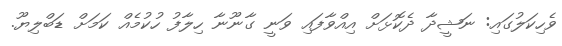
ވެހިކަލުގައި: ނަޝީދާ ދެކޮޅަށް އިއްވާފައި ވަނީ ގާނޫނާ ހިލާފު ހުކުމެއް ކަމަށް ޑަބްލިޔޫ.